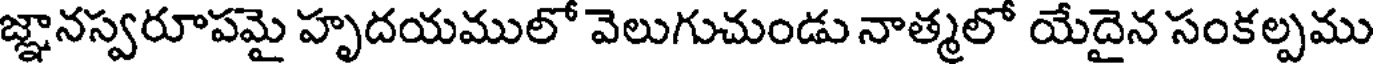
జ్ఞానస్వరూపమై హృదయములో వెలుగుచుండు నాత్మలో యేదైన సంకల్పము